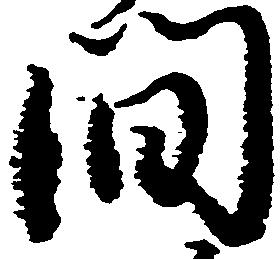
間